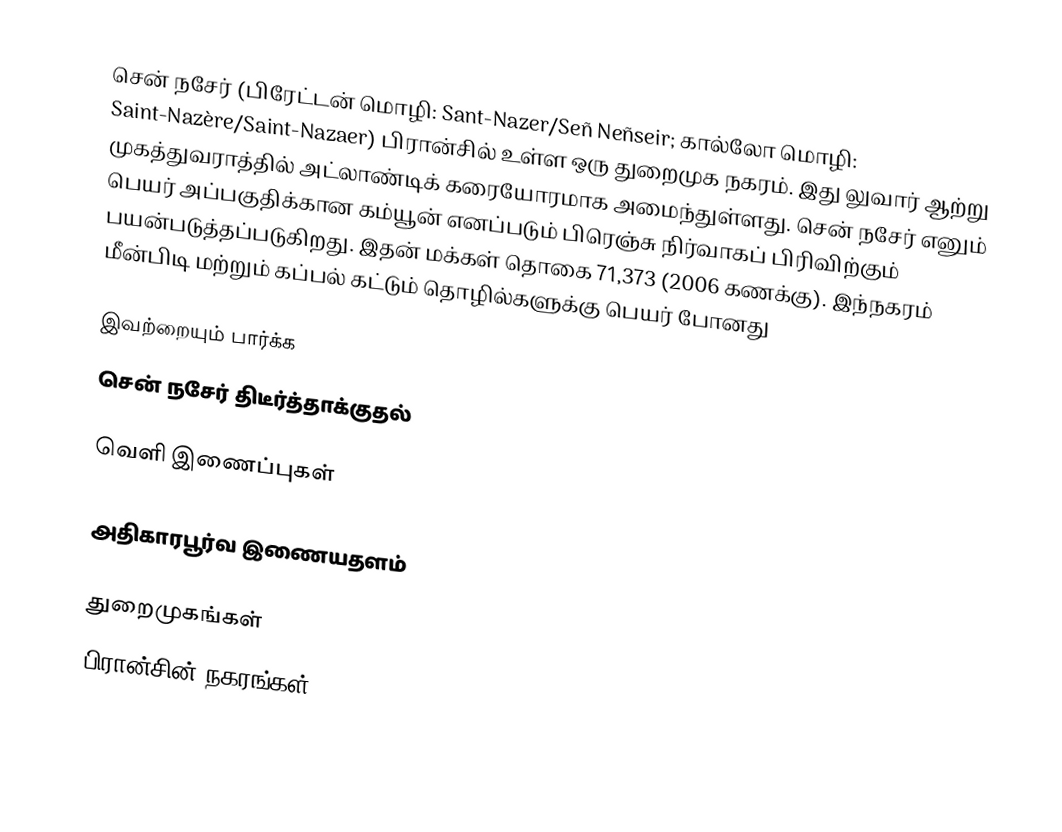
சென் நசேர் (பிரேட்டன் மொழி: Sant-Nazer/Señ Neñseir; கால்லோ மொழி: Saint-Nazère/Saint-Nazaer) பிரான்சில் உள்ள ஒரு துறைமுக நகரம். இது லுவார் ஆற்று முகத்துவராத்தில் அட்லாண்டிக் கரையோரமாக அமைந்துள்ளது. சென் நசேர் எனும் பெயர் அப்பகுதிக்கான கம்யூன் எனப்படும் பிரெஞ்சு நிர்வாகப் பிரிவிற்கும் பயன்படுத்தப்படுகிறது. இதன் மக்கள் தொகை 71,373 (2006 கணக்கு). இந்நகரம் மீன்பிடி மற்றும் கப்பல் கட்டும் தொழில்களுக்கு பெயர் போனது

இவற்றையும் பார்க்க
சென் நசேர் திடீர்த்தாக்குதல்

வெளி இணைப்புகள்

அதிகாரபூர்வ இணையதளம்

துறைமுகங்கள்
பிரான்சின் நகரங்கள்